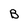
Character: B